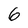
Character: 6